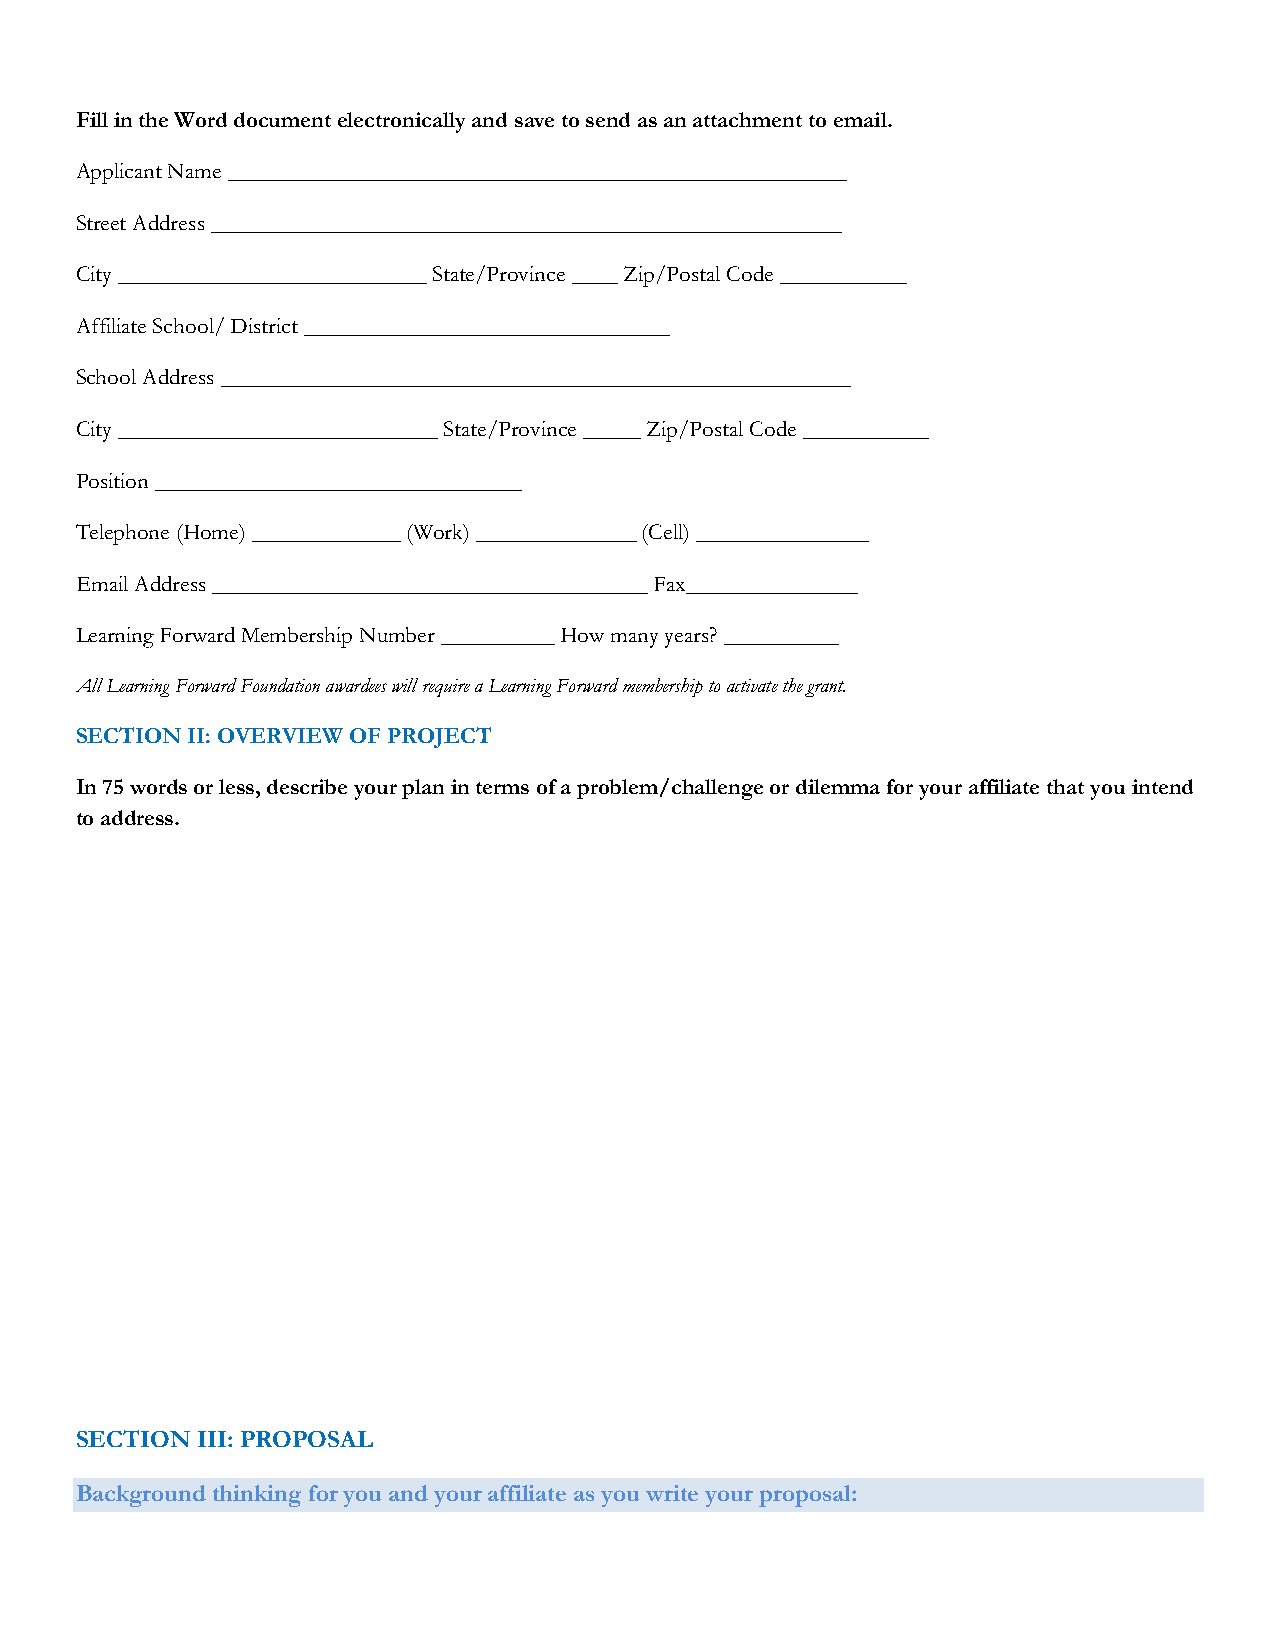
Fill in the Word document electronically and save to send as an attachment to email.
 Applicant Name ______________________________________________________
 Street Address _______________________________________________________
 City ___________________________ State/Province ____ Zip/Postal Code ___________
 Affiliate School/ District ________________________________
 School Address _______________________________________________________
 City ____________________________ State/Province _____ Zip/Postal Code ___________
 Position ________________________________
 Telephone (Home) _____________ (Work) ______________ (Cell) _______________
 Email Address ______________________________________ Fax_______________
 Learning Forward Membership Number __________ How many years? __________
 All Learning Forward Foundation awardees will require a Learning Forward membership to activate the grant.
 SECTION II: OVERVIEW OF PROJECT
 In 75 words or less, describe your plan in terms of a problem/challenge or dilemma for your affiliate that you intend
 to address.
 SECTION III: PROPOSAL
 Background thinking for you and your affiliate as you write your proposal: